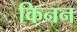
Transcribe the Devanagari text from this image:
किनन